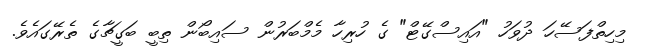
މިހިތްފަސޭހަ ދުވަހު "އައިސްގޭޓް" ގެ ހުރިހާ މެމްބަރުން ސައިބޯން ތިބީ ބަގީޗާގެ ތެރޭގައެވެ.